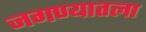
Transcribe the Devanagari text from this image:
जगण्यातला